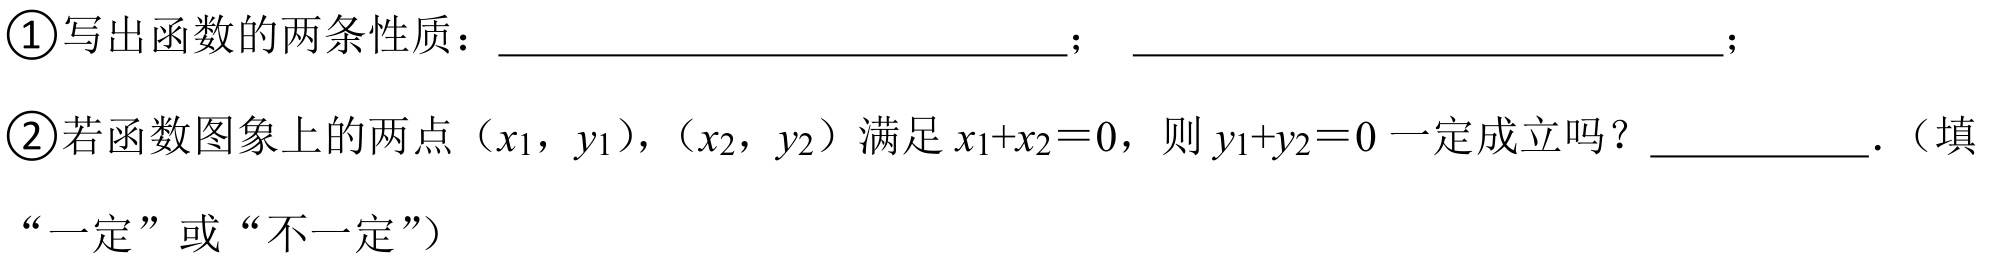
\textcircled{1}写出函数的两条性质：  ；  ；
\textcircled{2}若函数图象上的两点\((x_{1},y_{1})\)，\((x_{2},y_{2})\)满足\(x_{1}+x_{2}=0\)，则\(y_{1}+y_{2}=0\)一定成立吗？  ．（填
“一定”或“不一定”）